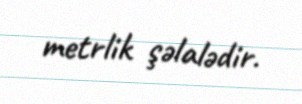
metrlik şəlalədir.